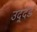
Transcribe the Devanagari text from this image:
उद्‌दंड